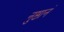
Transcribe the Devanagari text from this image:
नुष्ठानं